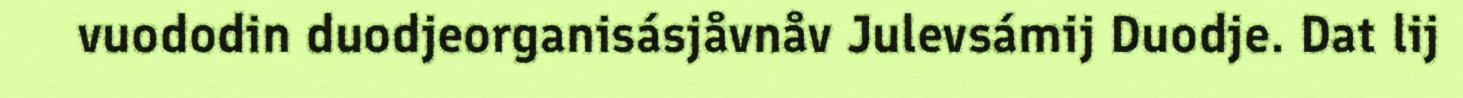
vuododin duodjeorganisásjåvnåv Julevsámij Duodje. Dat lij